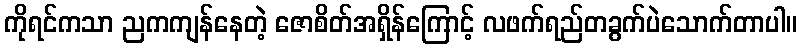
ကိုရင်ကသာ ညကကျန်နေတဲ့ ဇောစိတ်အရှိန်ကြောင့် လဖက်ရည်တခွက်ပဲသောက်တာပါ။